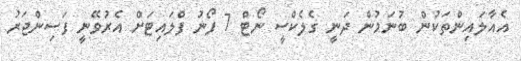
އެއާލައިންތަކުން ބުނަމުން ދަނީ ގެލެކްސީ ނޯޓް 7 ފޯނު ފްލައިޓަށް އެރުވޭނީ ފަސިންޖަރު